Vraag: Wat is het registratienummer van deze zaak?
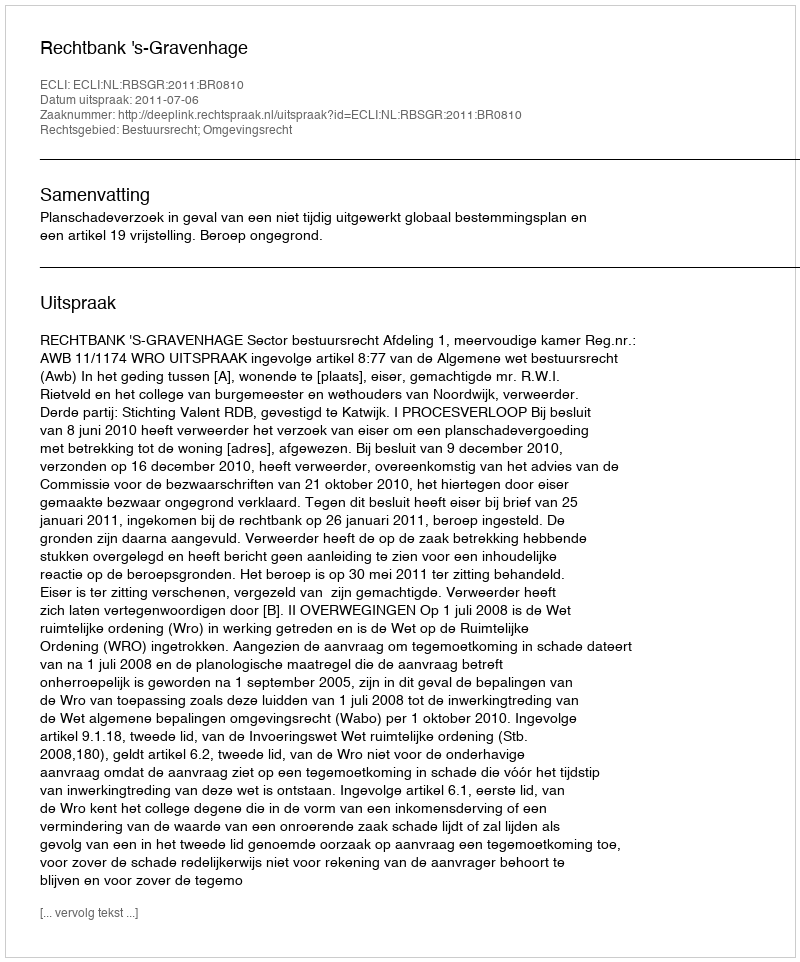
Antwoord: http://deeplink.rechtspraak.nl/uitspraak?id=ECLI:NL:RBSGR:2011:BR0810